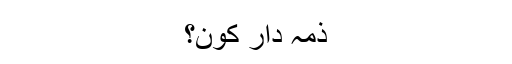
ذمہ دار کون؟